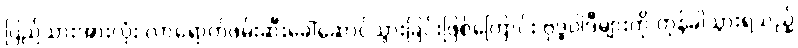
ပြည်သားအားလုံး လာရောက်ဖမ်းဆီးခေါ်ဆောင်သွားခြင်းဖြစ်ကြောင်း ဗုဒ္ဓဝါဒီများကို တုန်ခါသွားရသည့်